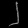
Digit: ၂